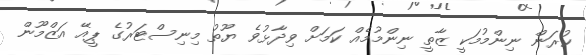
ކުރަން ނިންމުމަކީ ޒާތީ ނިންމުމެއް ކަމަށް ވިދާޅުވެ ޔޫތު މިނިސްޓަރުގެ ޕީއޭ އަޒްމޫން